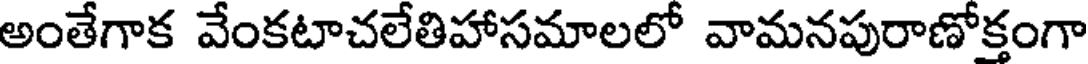
అంతేగాక వేంకటాచలేతిహాసమాలలో వామనపురాణోక్తంగా